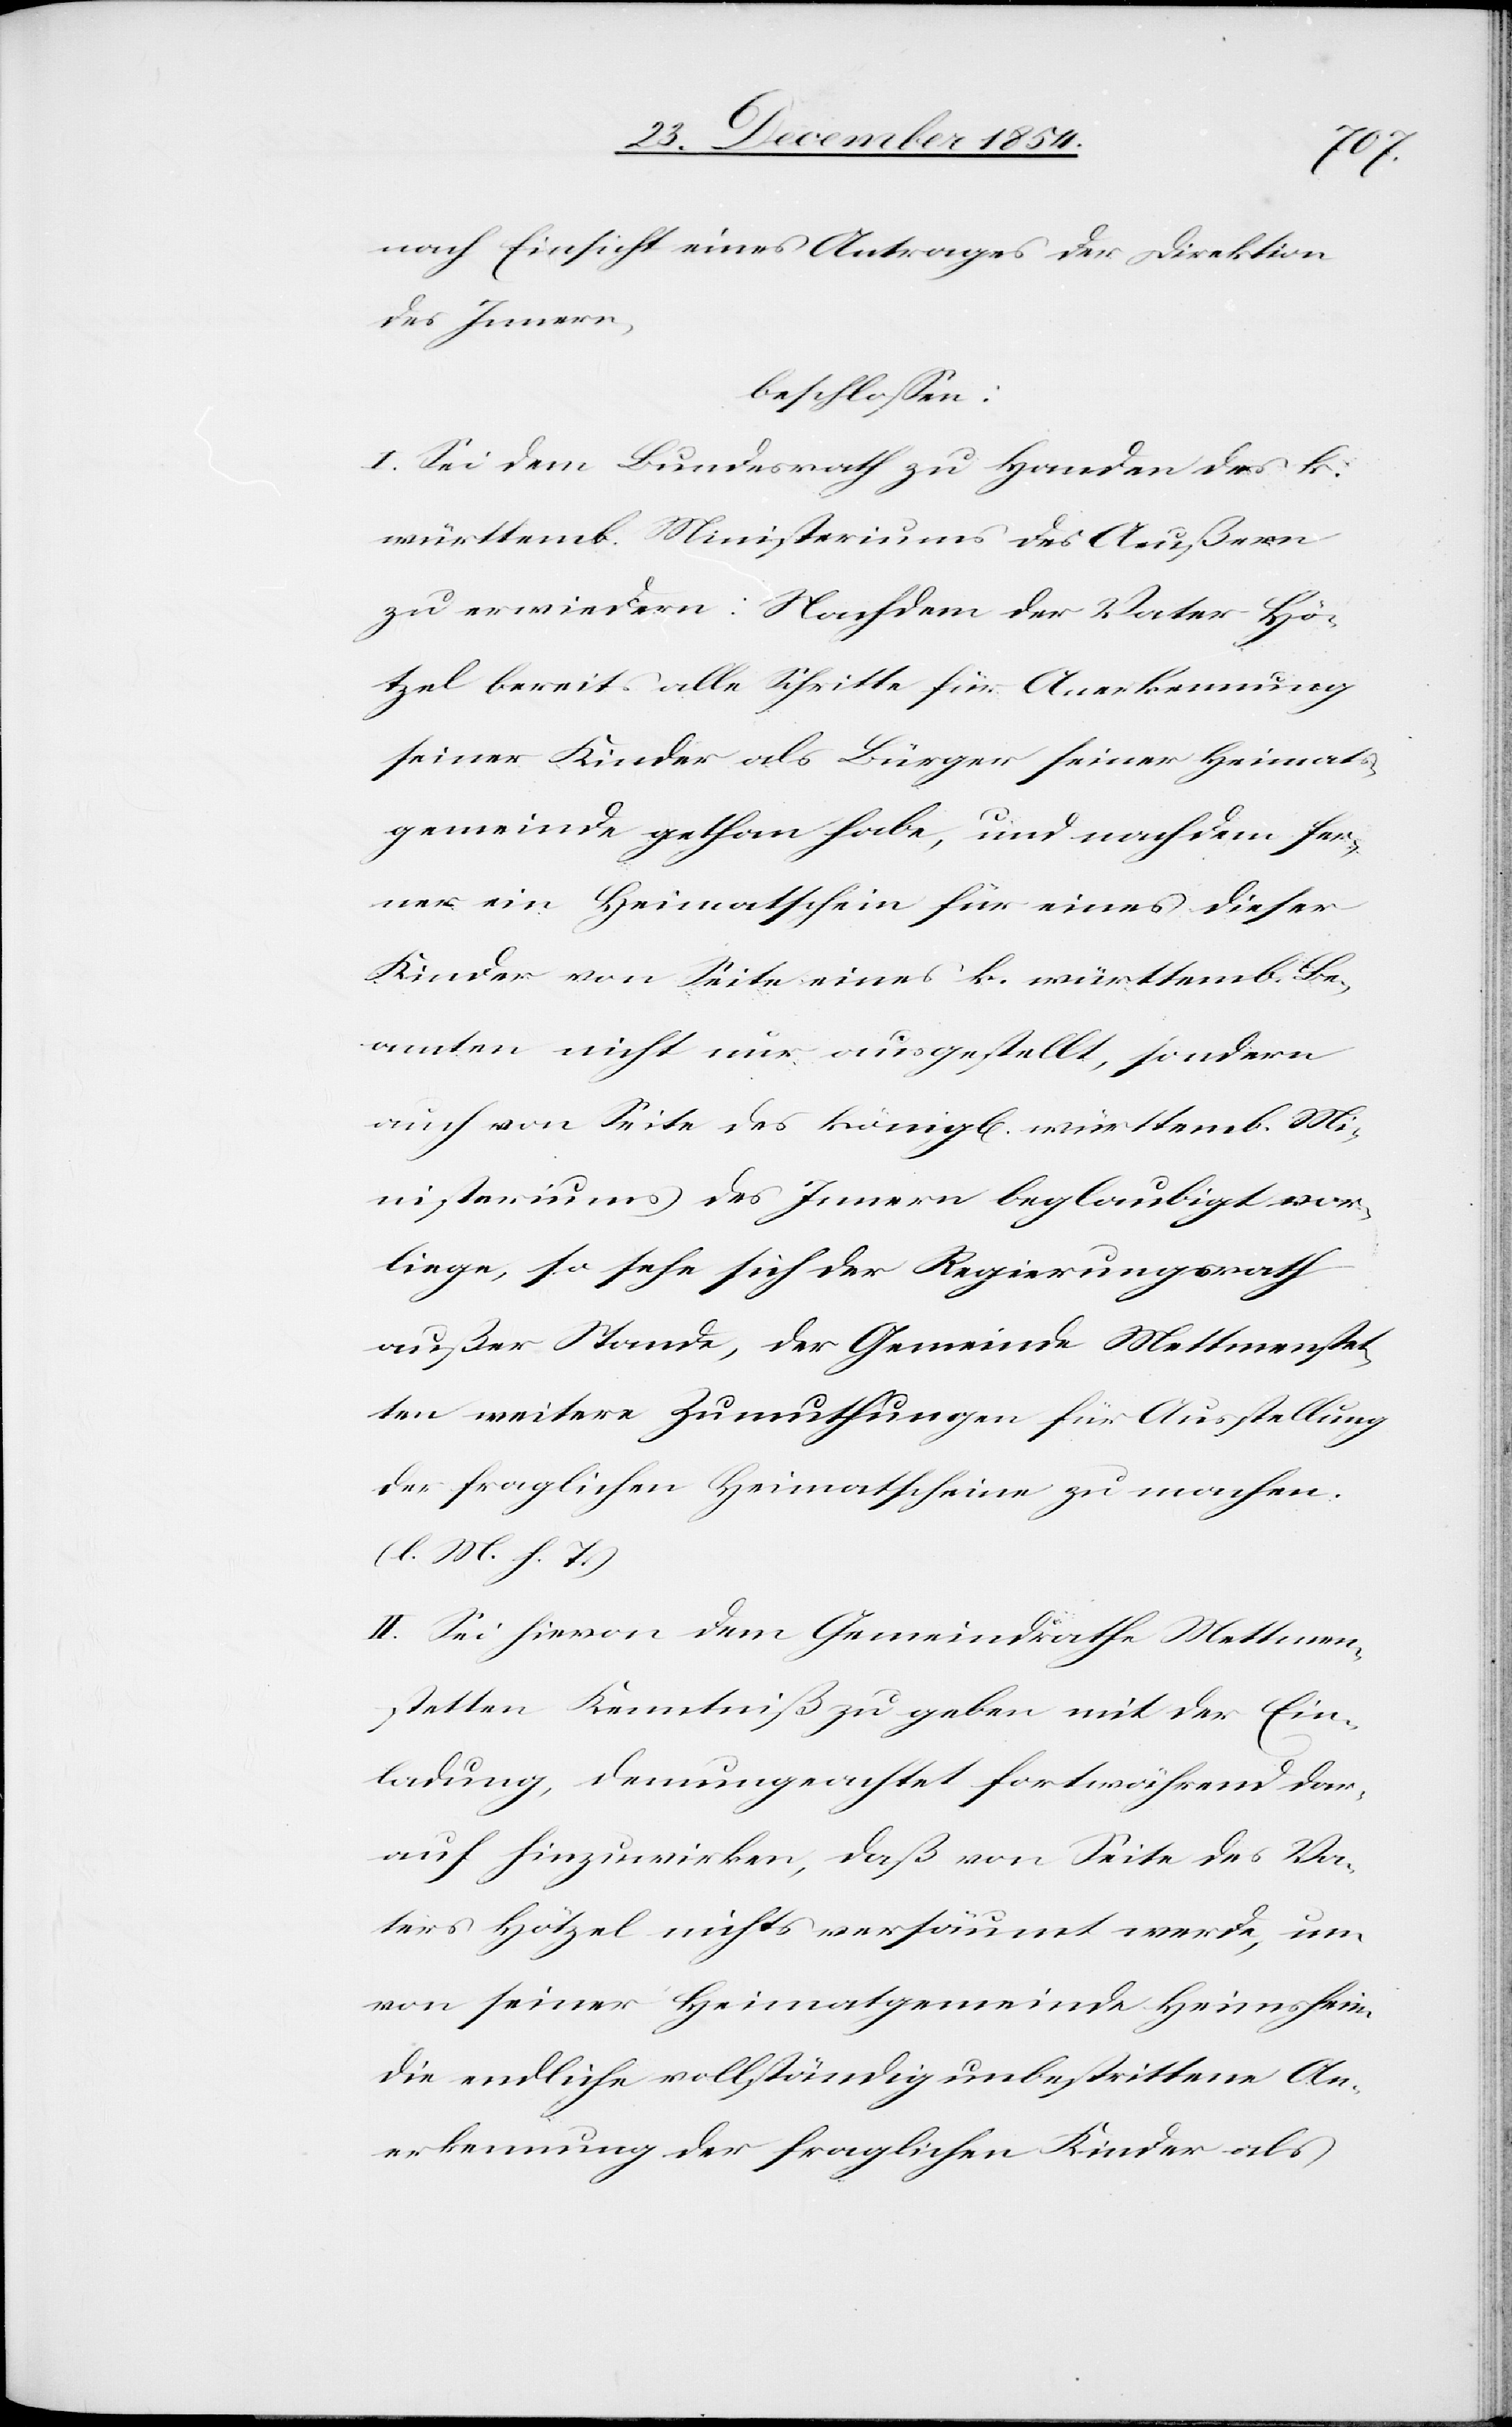
nach Einsicht eines Antrages der Direktion
des Innern,
beschloßen:
I. Sei dem Bundesrathe zu Handen des k.
württemb. Ministeriums des Aeußern
zu erwiedern: Nachdem der Vater Hö¬
tzel bereits alle Schritte für Anerkennung
seiner Kinder als Bürger seiner Heimats¬
gemeinde gethan habe, und nachdem fer¬
ner ein Heimatschein für eines dieser
Kinder von Seite eines k. württemb. Be¬
amten nicht nur ausgestellt, sondern
auch von Seite des königl. württemb. Mi¬
nisteriums des Innern beglaubigt vor¬
liege, so sehe sich der Regierungsrath
außer Stande, der Gemeinde Mettmenstet¬
ten weiter Zumuthungen für Ausstellung
der fraglichen Heimatscheine zu machen.
(l. M. h. T.)
II. Sei hievon dem Gemeindrathe Mettmen¬
stetten Kenntniß zu geben mit der Ein¬
ladung, demungeachtet fortwährend dar¬
auf hinzuwirken, daß von Seite des Va¬
ters Hötzel nichts versäumt werde, um
von seiner Heimatgemeinde Heimsheim
die endliche vollständig unbestrittene An¬
erkennung der fraglichen Kinder als